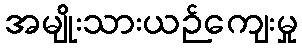
အမျိုးသားယဉ်ကျေးမှု